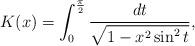
LaTeX: \begin{align*}K(x)=\int_{0}^{\frac{\pi}{2}} \frac{dt}{\sqrt{1-x^2 \sin^2 t}},\end{align*}